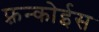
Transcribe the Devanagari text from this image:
फ़्रन्कोईस